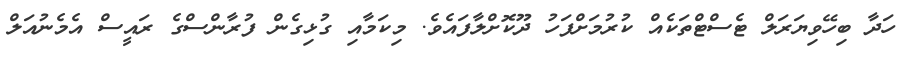
ހަދާ ބިހޭވިޔަރަލް ޓެސްޓްތަކެއް ކުރުމަށްފަހު ދޫކޮށްލާފައެވެ. މިކަމާއި ގުޅިގެން ފުރާންސްގެ ރައީސް އެމެނުއަލް